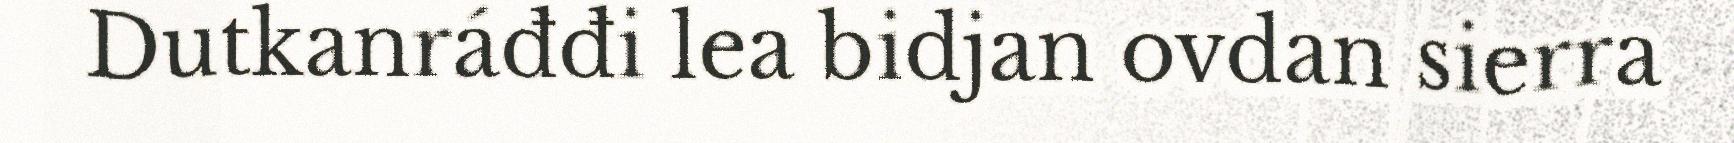
Dutkanráđđi lea bidjan ovdan sierra